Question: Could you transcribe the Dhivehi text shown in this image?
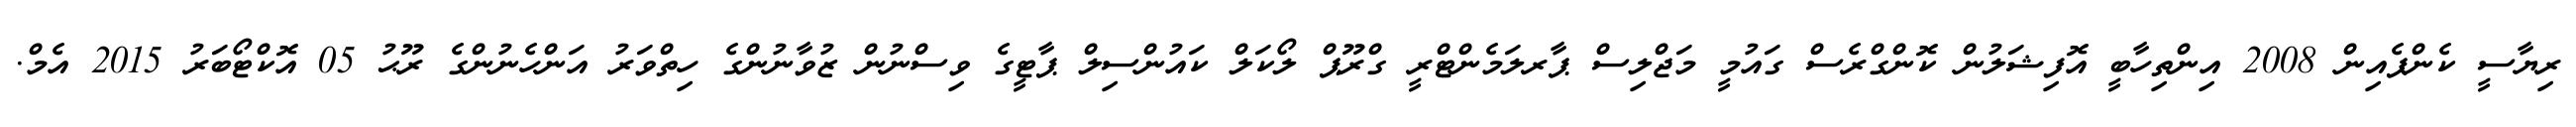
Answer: ރިޔާސީ ކެންޕެއިން 2008 އިންތިހާބީ އޮފިޝަލުން ކޮންގްރެސް ގައުމީ މަޖްލިސް ޕާރލަމެންޓްރީ ގްރޫޕް ލޯކަލް ކައުންސިލް ޕާޓީގެ ވިސްނުން ޒުވާނުންގެ ހިތްވަރު އަންހެނުންގެ ރޫޙު 05 އޮކްޓޯބަރު 2015 އެމް.